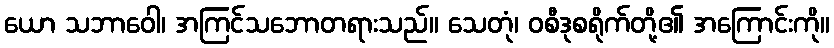
ယော သဘာဝေါ၊ အကြင်သဘောတရားသည်။ သေတုံ၊ ဝစီဒုစရိုက်တို့၏ အကြောင်းကို။